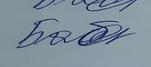
Signature authenticity: genuine